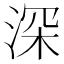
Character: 深